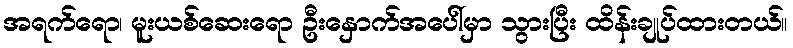
အရက်ရော၊ မူးယစ်ဆေးရော ဦးနှောက်အပေါ်မှာ သွားပြီး ထိန်းချုပ်ထားတယ်။